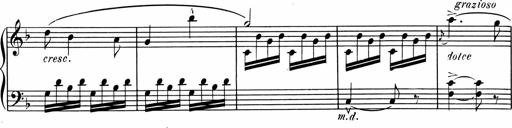
Title: 1Ã¨re Sonatine
Composer: FrÃ©dÃ©ric Binet